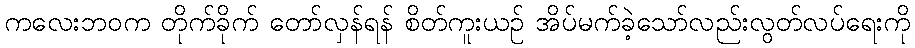
ကလေးဘဝက တိုက်ခိုက် တော်လှန်ရန် စိတ်ကူးယဉ် အိပ်မက်ခဲ့သော်လည်းလွတ်လပ်ရေးကို